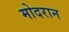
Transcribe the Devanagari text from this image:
मोदरान